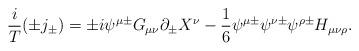
LaTeX: \begin{align*}\frac{i}{T}(\pm j_{\pm })=\pm i\psi ^{\mu \pm }G_{\mu \nu }\partial _{\pm}X^{\nu }-\frac{1}{6}\psi ^{\mu \pm }\psi ^{\nu \pm }\psi ^{\rho \pm }H_{\mu\nu \rho }. \end{align*}